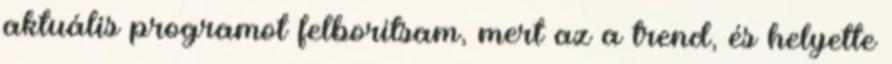
aktuális programot felborítsam, mert az a trend, és helyette